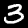
Label: 3